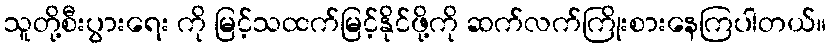
သူတို့စီးပွားရေး ကို မြင့်သထက်မြင့်နိုင်ဖို့ကို ဆက်လက်ကြိုးစားနေကြပါတယ်။